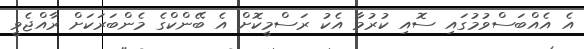
އެ އެއްބަސްވުމުގައި ސޮއި ކުރުމާ އެކު ރަސްމީކޮށް އެ ބޭންކްގެ މެންބަރަކަށް ރާއްޖެވީ